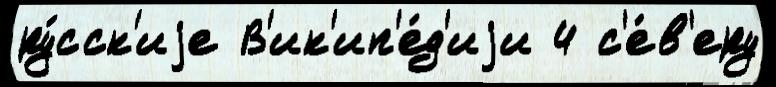
ру́сск'иjе В'ик'ип'е́д'иjи 4 с'е́в'еру